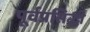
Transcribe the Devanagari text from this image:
पूर्वप्रसिद्धी